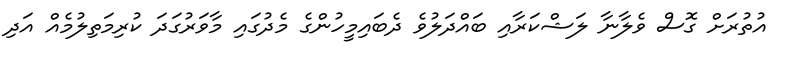
އުތުރަށް ގޮސް ވެލާނާ ލަޝްކަރާއި ބައްދަލުވެ ދެބައިމީހުންގެ މެދުގައި މާވަރުގަދަ ކުރިމަތިލުމެއް އަދި